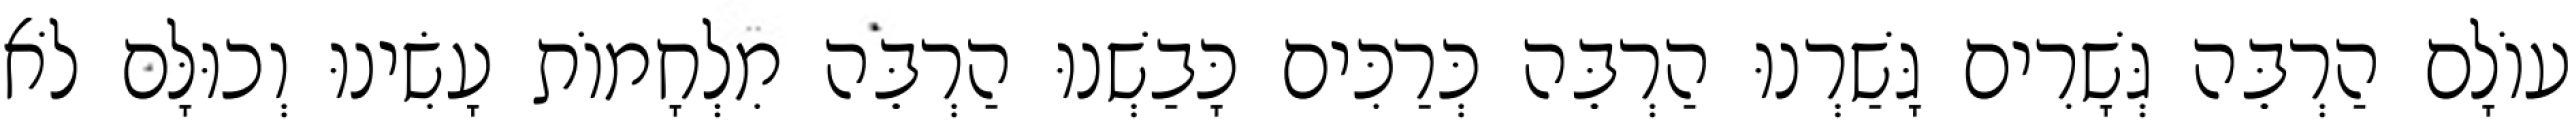
עוֹלָם הַרְבֵּה גְּשָׁרִים גָּשַׁרְנוּ הַרְבֵּה כְּרַכִּים כָּבַשְׁנוּ הַרְבֵּה מִלְחָמוֹת עָשִׂינוּ וְכוּלָּם לֹא